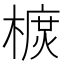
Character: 𣙃